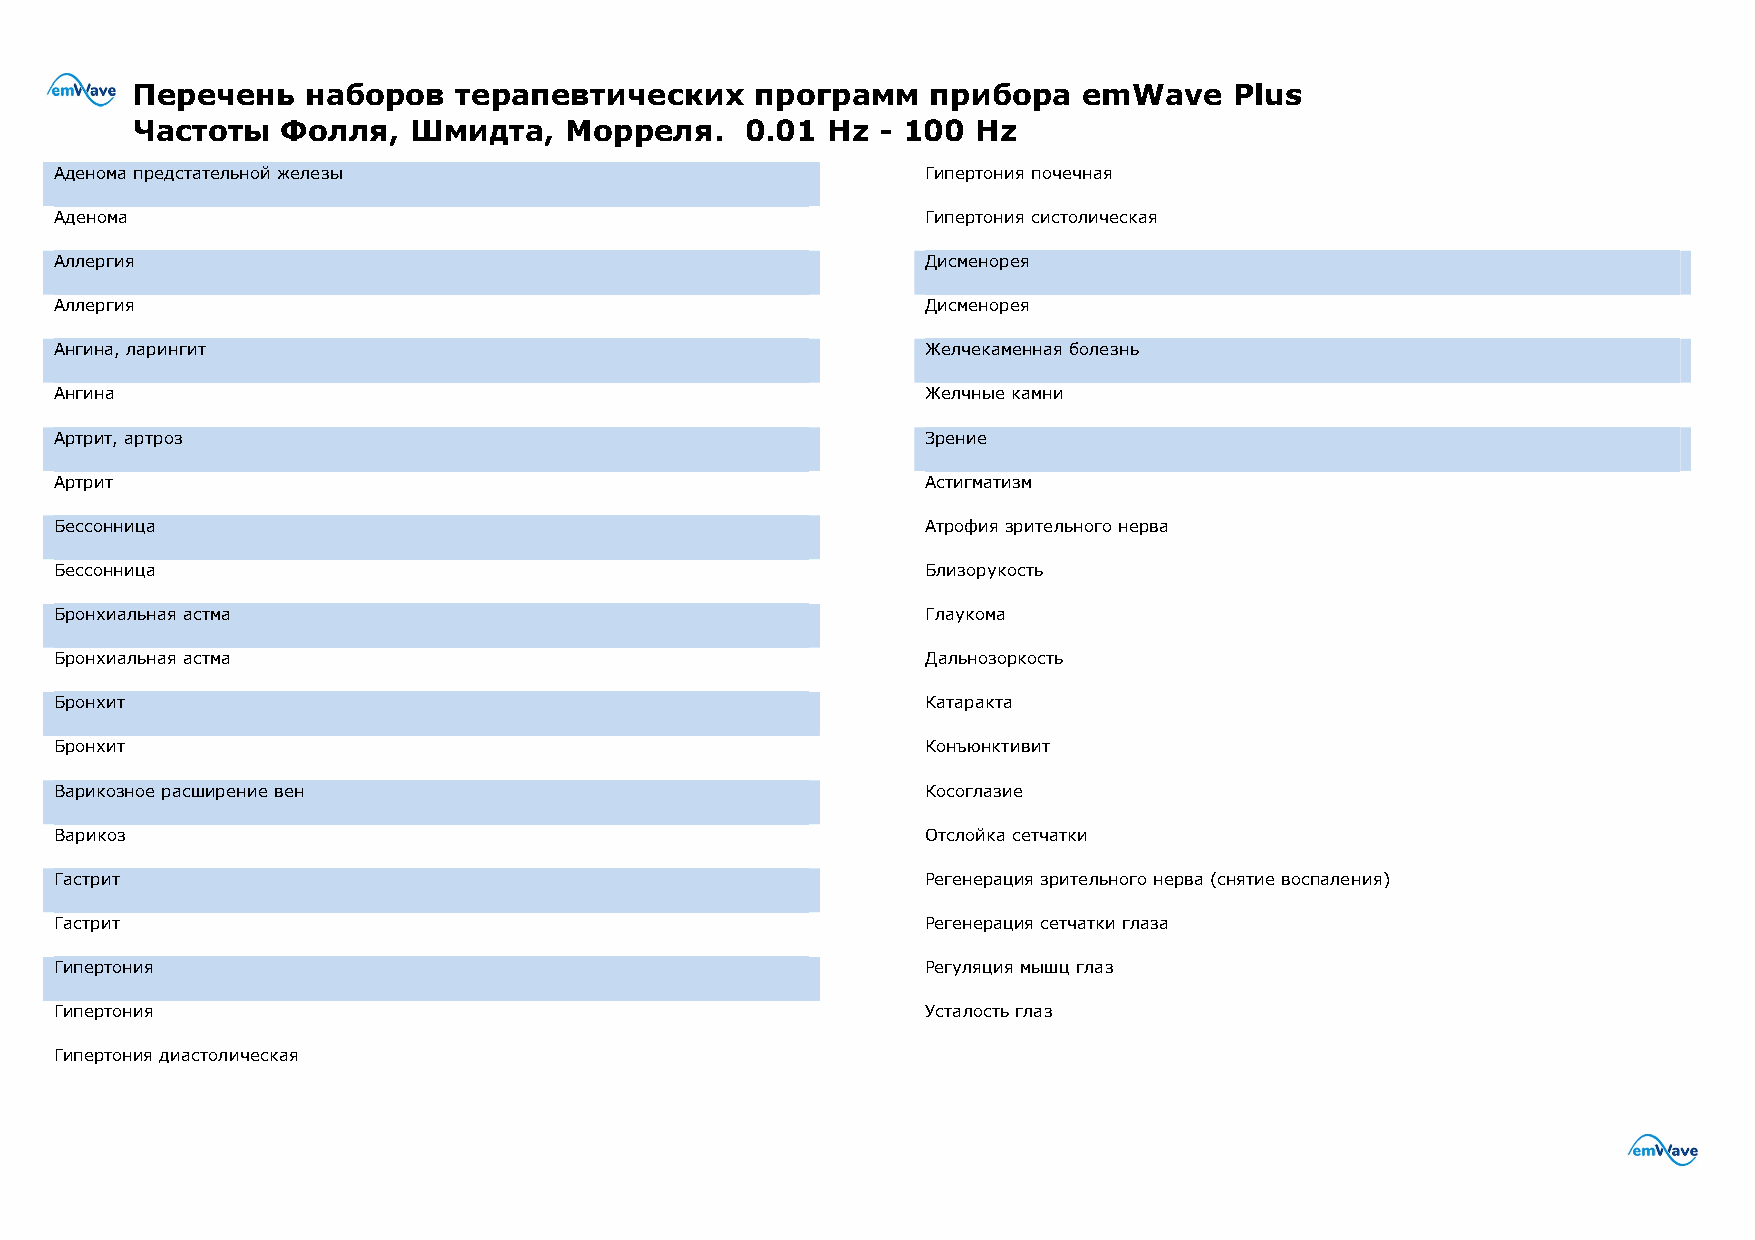
Перечень   наборов   терапевтических     программ   прибора    emWave    Plus
 Частоты   Фолля,  Шмидта,   Морреля.    0.01  Hz - 100  Hz
 Аденома предстательной железы                            Гипертония почечная
 Аденома                                                  Гипертония систолическая
 Аллергия                                                 Дисменорея
 Аллергия                                                 Дисменорея
 Ангина, ларингит                                         Желчекаменная болезнь
 Ангина                                                   Желчные камни
 Артрит, артроз                                           Зрение
 Артрит                                                   Астигматизм
 Бессонница                                               Атрофия зрительного нерва
 Бессонница                                               Близорукость
 Бронхиальная астма                                       Глаукома
 Бронхиальная астма                                       Дальнозоркость
 Бронхит                                                  Катаракта
 Бронхит                                                  Конъюнктивит
 Варикозное расширение вен                                Косоглазие
 Варикоз                                                  Отслойка сетчатки
 Гастрит                                                  Регенерация зрительного нерва (снятие воспаления)
 Гастрит                                                  Регенерация сетчатки глаза
 Гипертония                                               Регуляция мышц глаз
 Гипертония                                               Усталость глаз
 Гипертония диастолическая